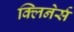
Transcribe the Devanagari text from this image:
क्लिनेर्स